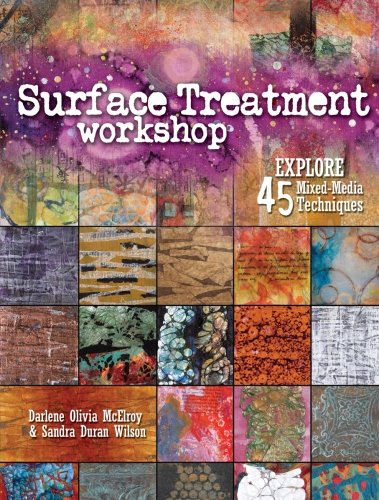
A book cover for Surface Treatment Workshop: Explore 45 Mixed-Media Techniques; Darlene Olivia McElroy; Crafts, Hobbies & Home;